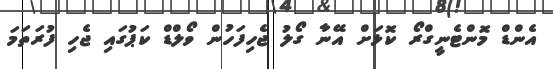
އެންޑް މޮންޓެނީގްރޯ ކޮޅަށް އޭނާ ގޯލު ޖެހިފަހުން ވޯލްޑް ކަޕުގައި ޖެހި ފުރަތަމަ